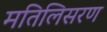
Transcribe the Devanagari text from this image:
मतिलिसरण